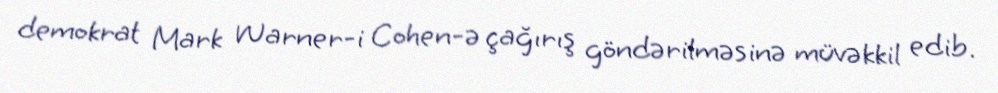
demokrat Mark Warner-i Cohen-ə çağırış göndərilməsinə müvəkkil edib.